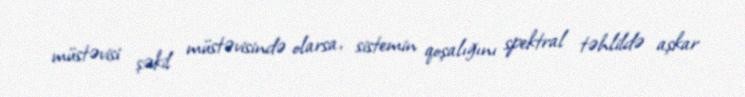
müstəvisi şəkil müstəvisində olarsa, sistemin qoşalığını spektral təhlildə aşkar